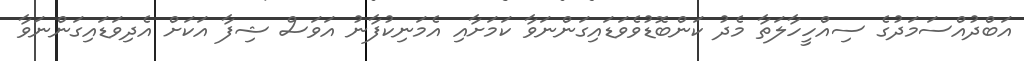
އަބްދުއްސަމަދުގެ ސިއްހީހާލަތާ މެދު ކަންބޮޑުވެވަޑައިގަންނަވާ ކަމަށާއި އެމަނިކުފާނު އަވަސް ޝިފާ އަކަށް އެދިވަޑައިގަންނަވާ